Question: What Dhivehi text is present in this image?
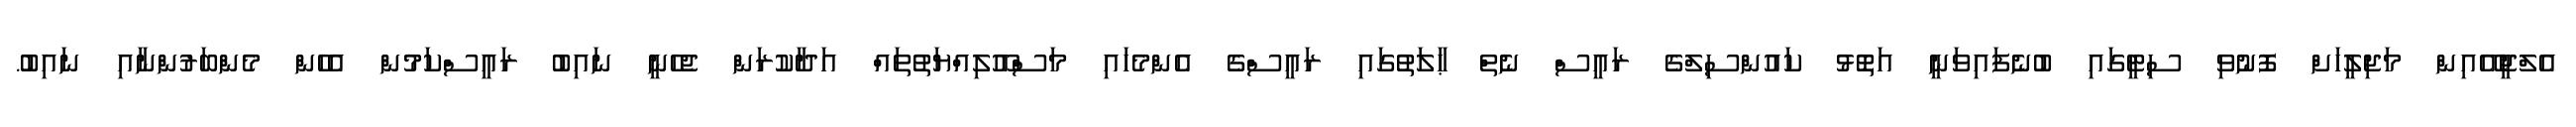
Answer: އެލްޖީއޭއިން މަޖިލީހަށް ފޮނުވި ސިޓީގައި ބުނެފައިވަނީ އަތޮޅު ކައުންސިލްގެ ރައީސް ނެތް ޙާލަތުގައި ރައީސްގެ އެންމެހައި މަސްއޫލިއްޔަތުތައް އަދާކުރަން ޖެހެނީ ނައިބު ރައީސްކަމުން އެހެން މެންބަރުންނާއި ނައިބު.